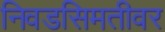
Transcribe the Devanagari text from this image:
निवडसिमतीवर